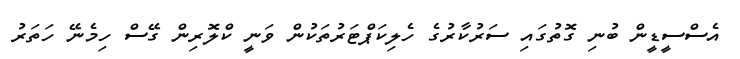
އެސްސީޑީން ބުނި ގޮތުގައި ސަރުކާރުގެ ހެލިކަޕްޓަރުތަކުން ވަނީ ކްލޮރިން ގޭސް ހިމެނޭ ހަތަރު